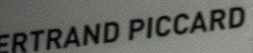
ERTRAND PICCARD